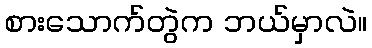
စားသောက်တွဲက ဘယ်မှာလဲ။